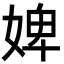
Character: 婢